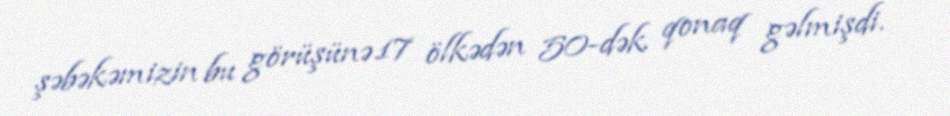
şəbəkəmizin bu görüşünə 17 ölkədən 50-dək qonaq gəlmişdi.